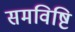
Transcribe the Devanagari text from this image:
समविष्टि